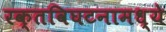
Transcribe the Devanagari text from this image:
रक्तविघटनामध्ये